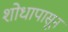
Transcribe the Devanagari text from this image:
शोधापासून